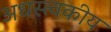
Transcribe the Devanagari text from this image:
अधस्त्वकीय